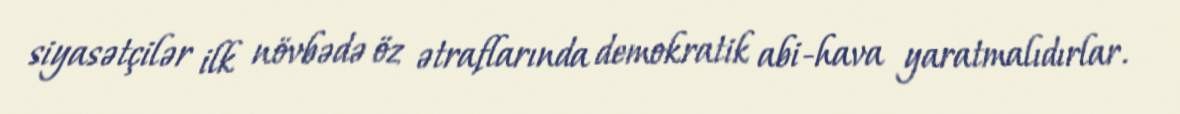
siyasətçilər ilk növbədə öz ətraflarında demokratik abi-hava yaratmalıdırlar.